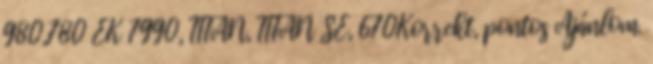
980,780 EK 7990, TITAN, TITAN SE, 670Korrekt, pontos Ajánlom.